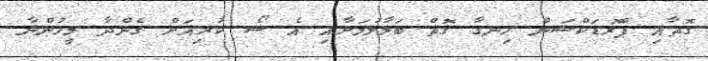
ގޮތާއި ޕްރޮޑަކްޝަން ހިނގާ ގޮތް ބަލާލުމަށާއި އެ ޝޯ ކުރިއަށް ގެންދާ މީހުންނާ